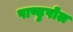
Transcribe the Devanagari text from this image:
पाण्डुपोल